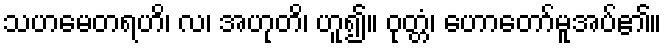
သဟမေတရဟိ၊ လ၊ အဟုတိ၊ ဟူ၍။ ဝုတ္တံ၊ ဟောတော်မူအပ်၏။